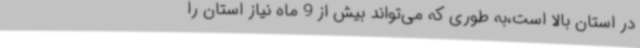
در استان بالا است،به ‌طوری‌ که می‌تواند بیش از 9 ماه نیاز استان را